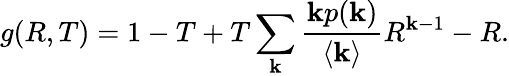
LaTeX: g(R,T)=1-T+T\sum_{\mathbf{k}}\frac{{\mathbf{k}p(\mathbf{k})}}{{\langle\mathbf{k}\rangle}}R^{\mathbf{k}-1}-R.